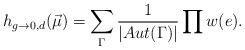
LaTeX: \begin{align*}h_{g\to 0,d}(\vec\mu) = \sum_{\Gamma}\frac{1}{|Aut(\Gamma)|} \prod w(e).\end{align*}